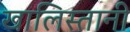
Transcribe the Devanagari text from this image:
खालिस्तानी